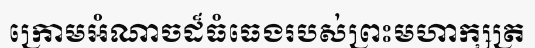
ក្រោមអំណាចដ៏ធំធេងរបស់ព្រះមហាក្សត្រ